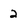
Character: 2